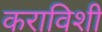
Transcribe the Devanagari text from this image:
कराविशी